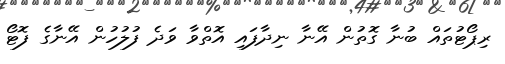
ރިޕޯޓުތައް ބުނާ ގޮތުން އޭނާ ނިދާފައި އޮތްވާ ވަދެ ފުލުހުން އޭނާގެ ފޮޓޯ